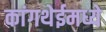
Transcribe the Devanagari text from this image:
कांगथेईमध्ये